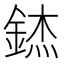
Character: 錰